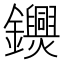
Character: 𨯺